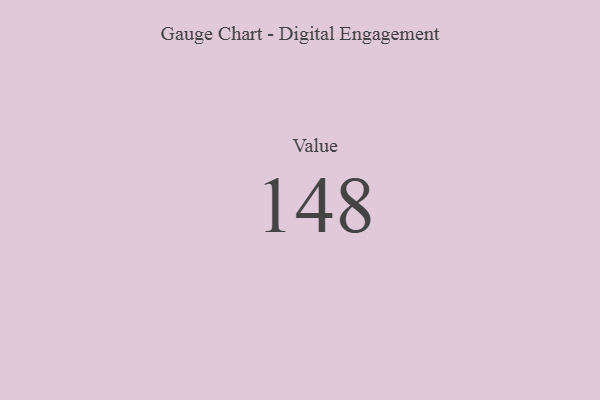
{"axis": {"x": "Metric", "y": "Value"}, "legend": [""], "data": [{"x": "Value", "y": 148, "type": ""}]}